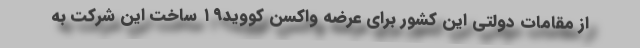
از مقامات دولتی این کشور برای عرضه واکسن کووید۱۹ ساخت این شرکت به